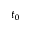
t _ { 0 }